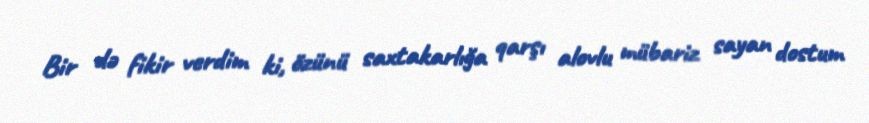
Bir də fikir verdim ki, özünü saxtakarlığa qarşı alovlu mübariz sayan dostum